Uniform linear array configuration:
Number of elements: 32
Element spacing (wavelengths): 0.5
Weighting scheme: cosine
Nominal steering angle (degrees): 45
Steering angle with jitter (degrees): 45.923
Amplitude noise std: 0.05
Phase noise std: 0.05

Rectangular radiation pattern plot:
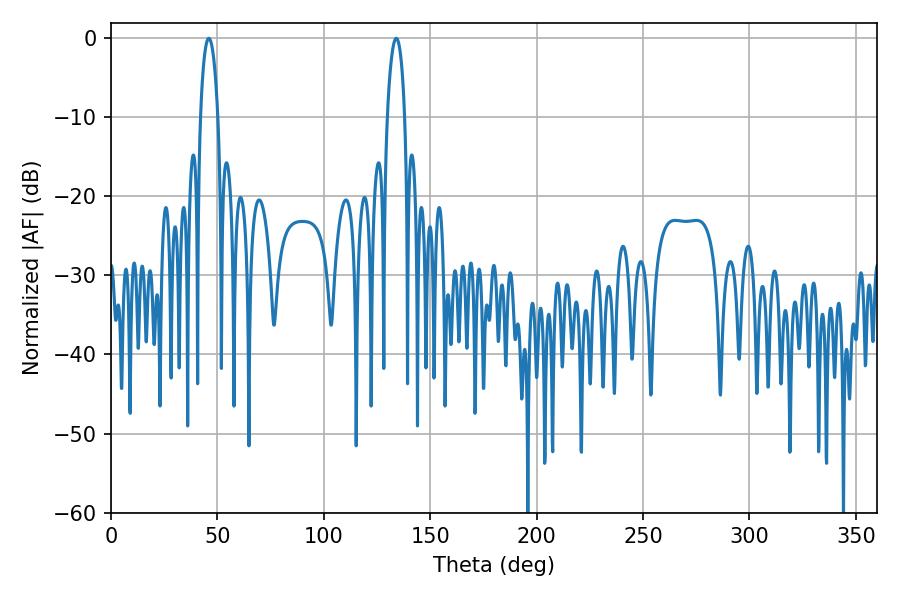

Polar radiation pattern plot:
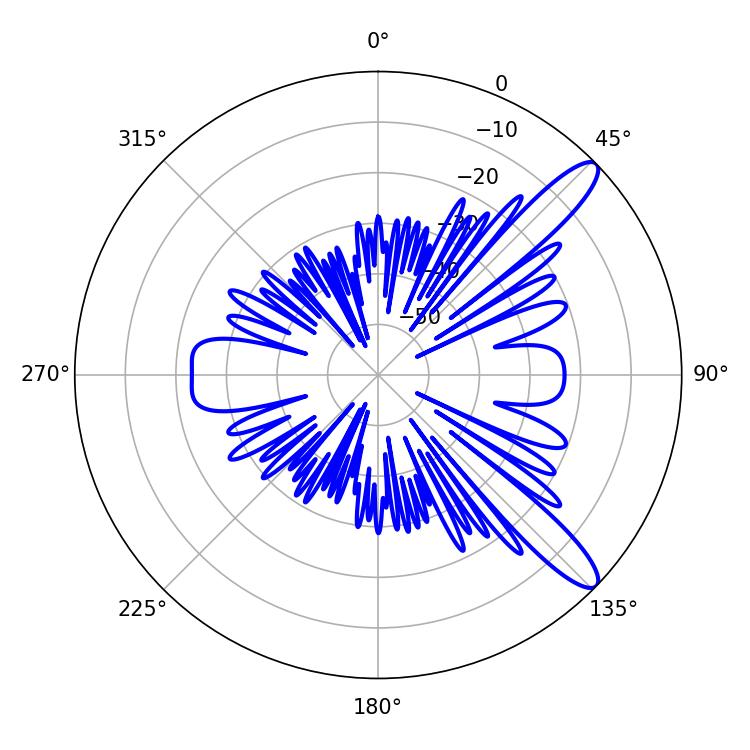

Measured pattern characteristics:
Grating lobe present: FALSE
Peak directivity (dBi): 11.868
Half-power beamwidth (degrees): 4.68
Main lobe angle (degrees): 45.9